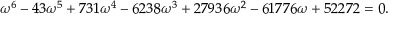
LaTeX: \omega ^ { 6 } - 4 3 \omega ^ { 5 } + 7 3 1 \omega ^ { 4 } - 6 2 3 8 \omega ^ { 3 } + 2 7 9 3 6 \omega ^ { 2 } - 6 1 7 7 6 \omega + 5 2 2 7 2 = 0 .